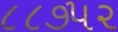
૮૮૭૫૨